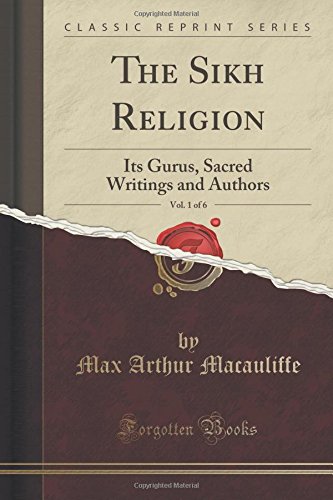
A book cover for The Sikh Religion, Vol. 1 of 6: Its Gurus, Sacred Writings and Authors (Classic Reprint); Max Arthur Macauliffe; Religion & Spirituality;